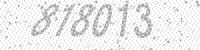
Solution: 818013